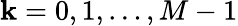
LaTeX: \mathbf{k}=0,1,\ldots,M-1